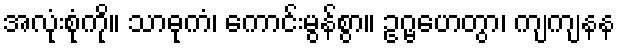
အလုံးစုံကို။ သာဓုကံ၊ ကောင်းမွန်စွာ။ ဥဂ္ဗဟေတွာ၊ ကျကျနန